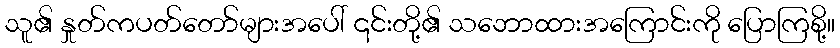
သူ၏ နှုတ်ကပတ်တော်များအပေါ် ၎င်းတို့၏ သဘောထားအကြောင်းကို ပြောကြစို့။